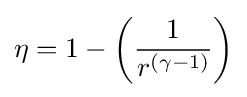
\eta =1-\left({\frac {1}{r^{(\gamma -1)}}}\right)